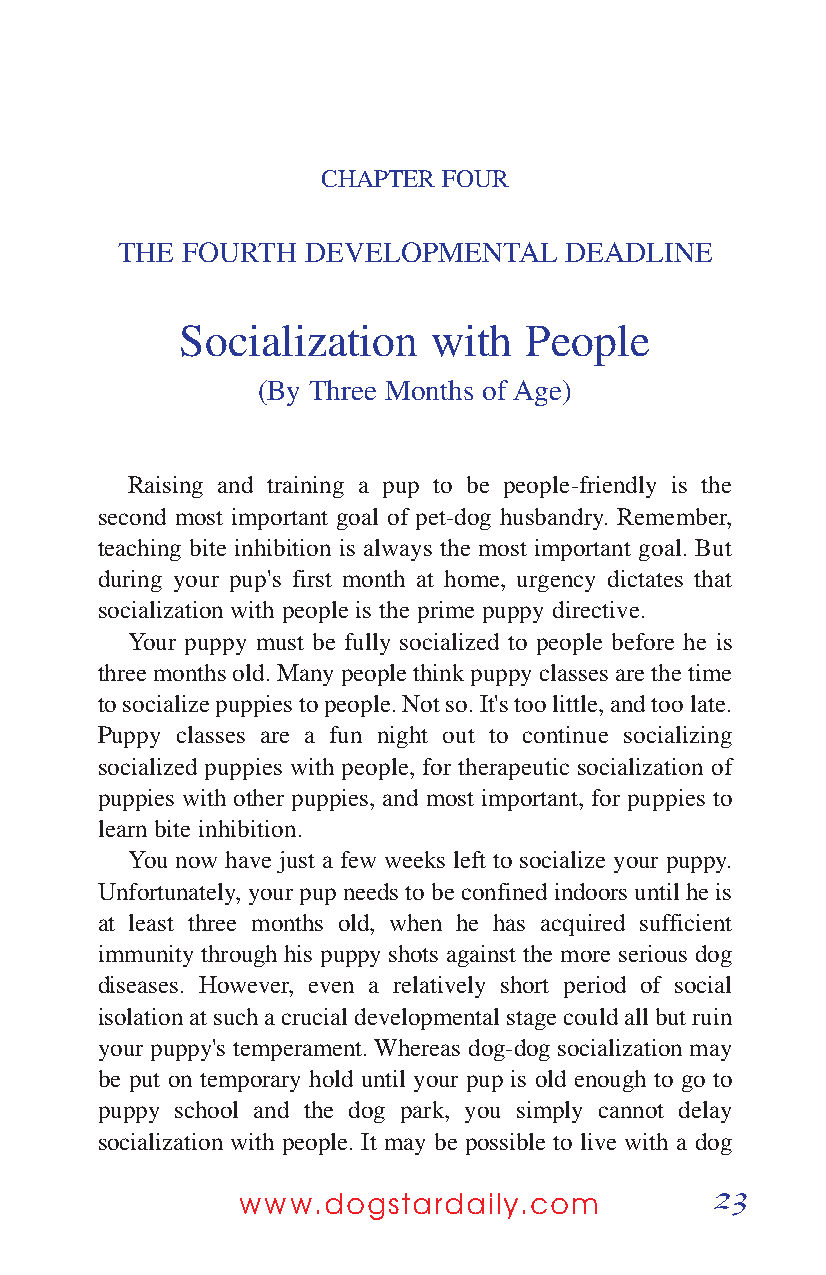
CHAPTER FOUR
 THE FOURTH  DEVELOPMENTAL    DEADLINE
 Socialization    with  People
 (By Three Months of Age)
 Raising and training a pup to be people-friendly is the
 second most important goal of pet-dog husbandry. Remember,
 teaching bite inhibition is always the most important goal. But
 during your pup's first month at home, urgency dictates that
 socialization with people is the prime puppy directive.
 Your puppy must be fully socialized to people before he is
 three months old. Many people think puppy classes are the time
 to socialize puppies to people. Not so. It's too little, and too late.
 Puppy classes are a fun night out to continue socializing
 socialized puppies with people, for therapeutic socialization of
 puppies with other puppies, and most important, for puppies to
 learn bite inhibition.
 You now have just a few weeks left to socialize your puppy.
 Unfortunately, your pup needs to be confined indoors until he is
 at least three months old, when he has acquired sufficient
 immunity through his puppy shots against the more serious dog
 diseases. However, even a relatively short period of social
 isolation at such a crucial developmental stage could all but ruin
 your puppy's temperament. Whereas dog-dog socialization may
 be put on temporary hold until your pup is old enough to go to
 puppy school and the dog park, you simply cannot delay
 socialization with people. It may be possible to live with a dog
 23
 www.dogstardaily.com